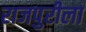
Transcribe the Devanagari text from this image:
राजपुरीला